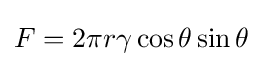
F=2\pi r\gamma \cos \theta \sin \theta